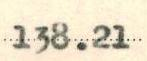
138.21